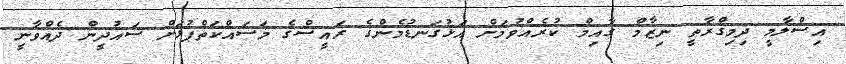
އިސްލާމީ ދިމިގްރާތީ ނިޒާމް ގާއިމް ކުރެއްވުމަށް އަޅުގަނޑުމެންގެ ރައީސްގެ މަސައްކަތްޕުޅަށް ސައުދީން ދެއްވާނީ